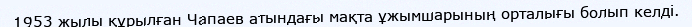
1953 жылы құрылған Чапаев атындағы мақта ұжымшарының орталығы болып келді.